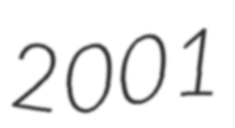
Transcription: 2001